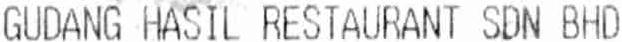
GUDANG HASIL RESTAURANT SDN BHD